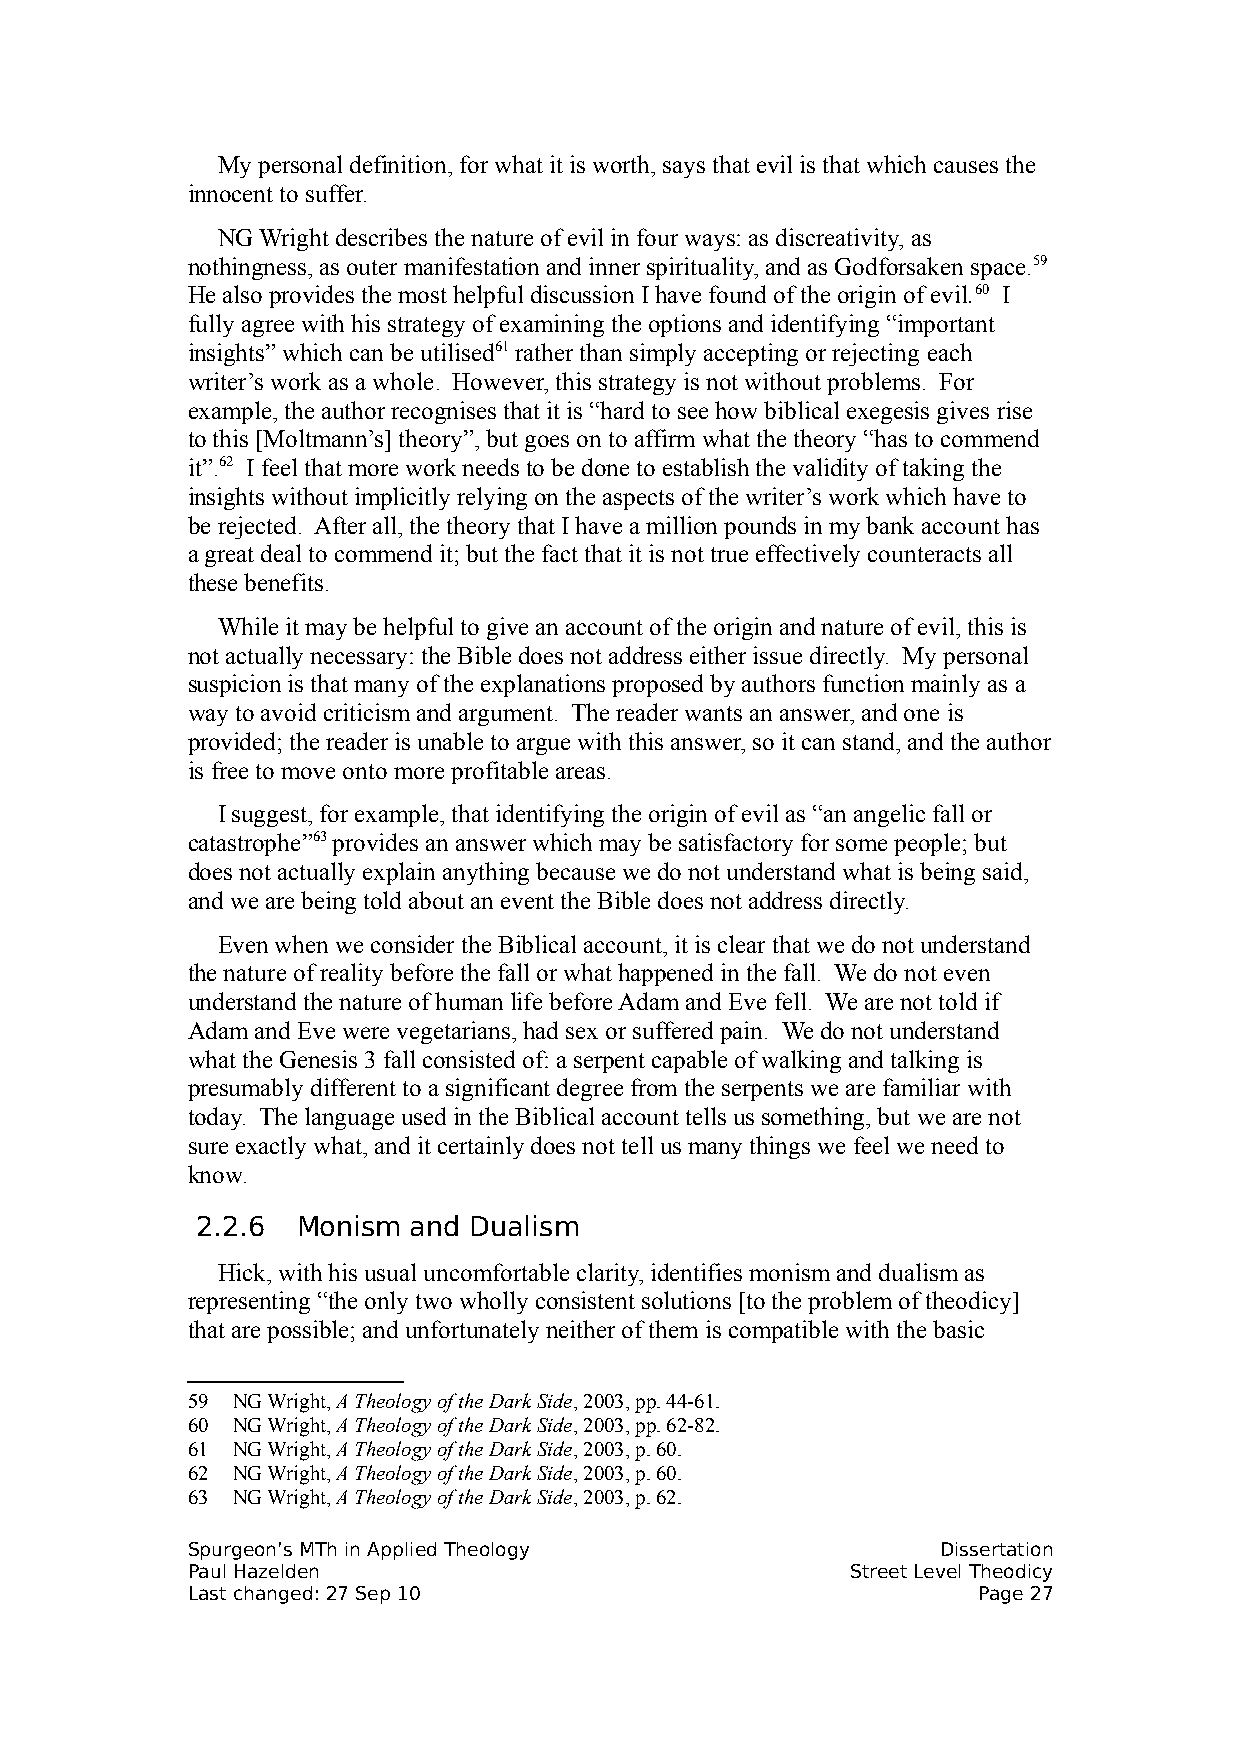
My personal definition, for what it is worth, says that evil is that which causes the
 innocent to suffer.
 NG Wright describes the nature of evil in four ways: as discreativity, as
 nothingness, as outer manifestation and inner spirituality, and as Godforsaken space.59
 He also provides the most helpful discussion I have found of the origin of evil.60 I
 fully agree with his strategy of examining the options and identifying “important
 insights” which can be utilised61 rather than simply accepting or rejecting each
 writer’s work as a whole. However, this strategy is not without problems. For
 example, the author recognises that it is “hard to see how biblical exegesis gives rise
 to this [Moltmann’s] theory”, but goes on to affirm what the theory “has to commend
 it”.62 I feel that more work needs to be done to establish the validity of taking the
 insights without implicitly relying on the aspects of the writer’s work which have to
 be rejected. After all, the theory that I have a million pounds in my bank account has
 a great deal to commend it; but the fact that it is not true effectively counteracts all
 these benefits.
 While it may be helpful to give an account of the origin and nature of evil, this is
 not actually necessary: the Bible does not address either issue directly. My personal
 suspicion is that many of the explanations proposed by authors function mainly as a
 way to avoid criticism and argument. The reader wants an answer, and one is
 provided; the reader is unable to argue with this answer, so it can stand, and the author
 is free to move onto more profitable areas.
 I suggest, for example, that identifying the origin of evil as “an angelic fall or
 catastrophe”63 provides an answer which may be satisfactory for some people; but
 does not actually explain anything because we do not understand what is being said,
 and we are being told about an event the Bible does not address directly.
 Even when we consider the Biblical account, it is clear that we do not understand
 the nature of reality before the fall or what happened in the fall. We do not even
 understand the nature of human life before Adam and Eve fell. We are not told if
 Adam and Eve were vegetarians, had sex or suffered pain. We do not understand
 what the Genesis 3 fall consisted of: a serpent capable of walking and talking is
 presumably different to a significant degree from the serpents we are familiar with
 today. The language used in the Biblical account tells us something, but we are not
 sure exactly what, and it certainly does not tell us many things we feel we need to
 know.
 2.2.6  Monism and Dualism
 Hick, with his usual uncomfortable clarity, identifies monism and dualism as
 representing “the only two wholly consistent solutions [to the problem of theodicy]
 that are possible; and unfortunately neither of them is compatible with the basic
 59 NG Wright, A Theology of the Dark Side, 2003, pp. 44-61.
 60 NG Wright, A Theology of the Dark Side, 2003, pp. 62-82.
 61 NG Wright, A Theology of the Dark Side, 2003, p. 60.
 62 NG Wright, A Theology of the Dark Side, 2003, p. 60.
 63 NG Wright, A Theology of the Dark Side, 2003, p. 62.
 Spurgeon’s MTh in Applied Theology                Dissertation
 Paul Hazelden                               Street Level Theodicy
 Last changed: 27 Sep 10                              Page 27